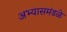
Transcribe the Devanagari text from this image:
अभ्यासमंडळे